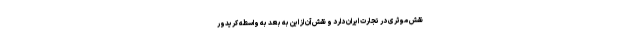
نقش موثری در تجارت ایران دارد و نقش آن از این به بعد به واسطه کریدور